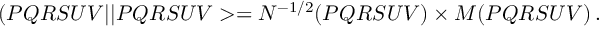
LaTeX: ( P Q R S U V \vert \vert P Q R S U V > = N ^ { - 1 / 2 } ( P Q R S U V ) \times M ( P Q R S U V ) \, .